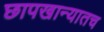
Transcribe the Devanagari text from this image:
छापखान्यातच